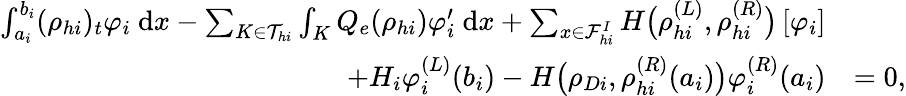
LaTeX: \begin{array}{rl}{\int_{a_{i}}^{b_{i}}(\rho_{hi})_{t}\varphi_{i}\ \mathrm{d}x-\sum_{K\in\mathcal{T}_{hi}}\int_{K}Q_{e}(\rho_{hi})\varphi_{i}^{\prime}\ \mathrm{d}x+\sum_{x\in\mathcal{F}_{hi}^{I}}H\big(\rho_{hi}^{(L)},\rho_{hi}^{(R)}\big)\left[\varphi_{i}\right]}&{}\\ {+H_{i}\varphi_{i}^{(L)}(b_{i})-H\big(\rho_{Di},\rho_{hi}^{(R)}(a_{i})\big)\varphi_{i}^{(R)}(a_{i})}&{=0,}\end{array}